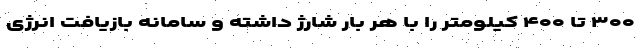
۳۰۰ تا ۴۰۰ کیلومتر را با هر بار شارژ داشته و سامانه بازیافت انرژی